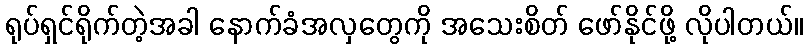
ရုပ်ရှင်ရိုက်တဲ့အခါ နောက်ခံအလှတွေကို အသေးစိတ် ဖော်နိုင်ဖို့ လိုပါတယ်။